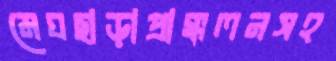
মেঘছাড়াপ্রাক্কলনসহ